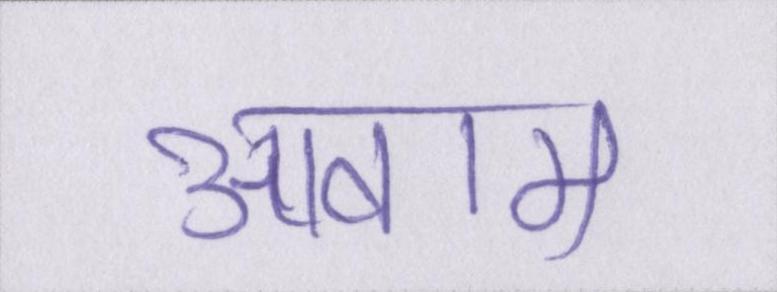
आवाम